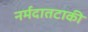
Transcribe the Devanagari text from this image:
नर्मदातटाकी